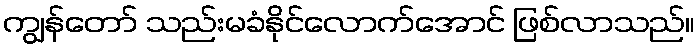
ကျွန်တော် သည်းမခံနိုင်လောက်အောင် ဖြစ်လာသည်။